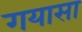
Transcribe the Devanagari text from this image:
गयासा